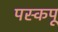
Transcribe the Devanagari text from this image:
पस्कपू